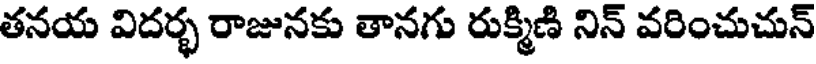
తనయ విదర్భ రాజునకు తానగు రుక్మిణి నిన్ వరించుచున్